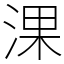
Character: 淉